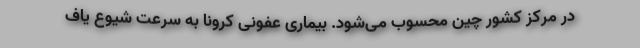
در مرکز کشور چین محسوب می‌شود. بیماری عفونی کرونا به سرعت شیوع یاف